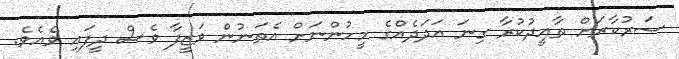
ސަރުކާރަށް ތާއީދުކުރާ ގިނަ އަދަދެއްގެ މީހުންނަށް އެތަނުން ވަޒީފާ ވެސް ދީފައި ވެއެވެ.